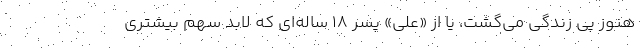
هنوز پی زندگی می‌گشت، یا از «علی» پسر 18 ساله‌ای که لابد سهم بیشتری